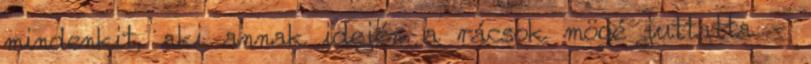
mindenkit, aki annak idején a rácsok mögé juttatta -